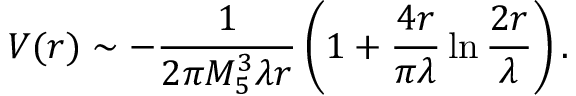
V ( r ) \sim - \frac { 1 } { 2 \pi M _ { 5 } ^ { 3 } \lambda r } \left( 1 + \frac { 4 r } { \pi \lambda } \ln \frac { 2 r } { \lambda } \right) .